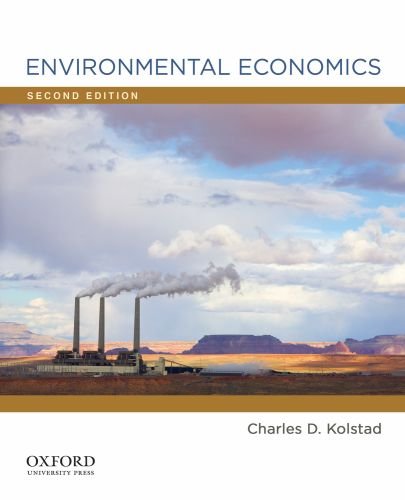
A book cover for Environmental Economics; Charles D. Kolstad; Business & Money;